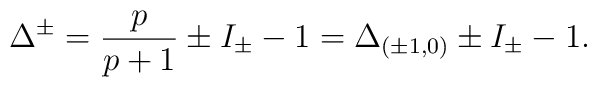
\Delta ^{\pm }=\frac{p}{p+1}\pm I_{\pm }-1=\Delta _{(\pm 1,0)}\pm I_{\pm }-1.